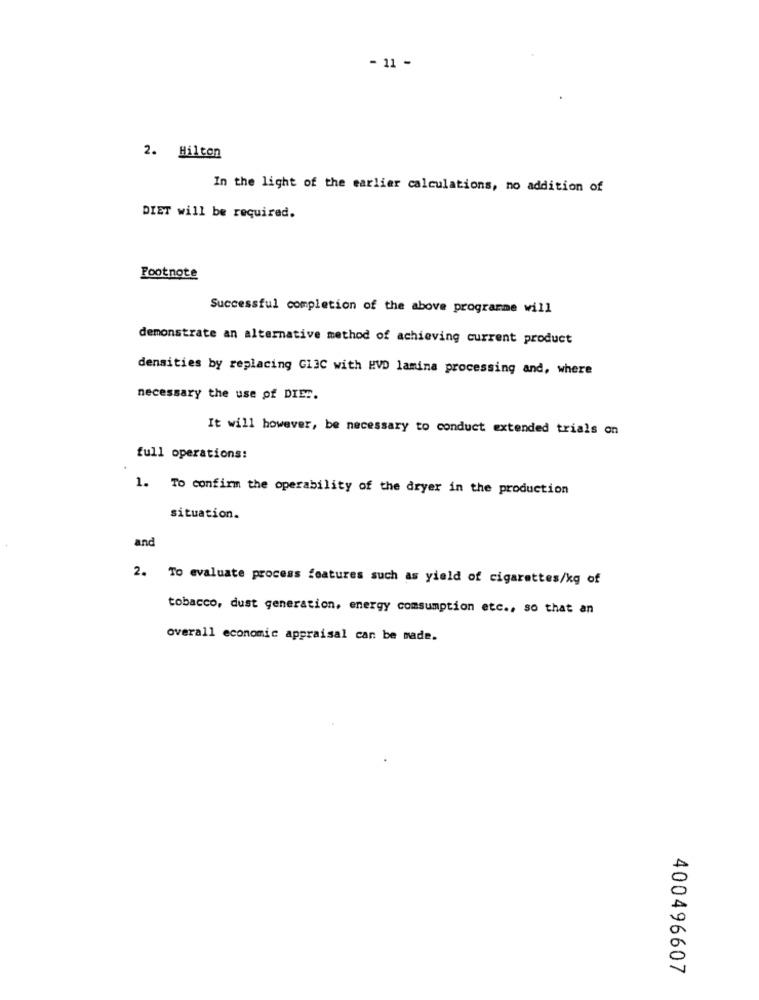
- 11 -
2. Hilton
In the light of the earlier calculations, no addition of
DIET will be required.
Footnote
Successful completion of the above programme will
demonstrate an alternative method of achieving current product
densities by replacing GI3C with #VD lamina processing and, where
necessary the use of DIET.
It will however, be necessary to conduct extended trials on
full operations:
1. To confirm the operability of the dryer in the production
situation.
and
2. To evaluate process features such as yield of cigarettes/kg of
tobacco, dust generation, energy comsumption etc ., so that an
overall economic appraisal can be made.
400496607